Annual administration report of the Civil Veterinary Department, Ajmere-Merwara, British Rajputana - 1914-1940
Year: 1914
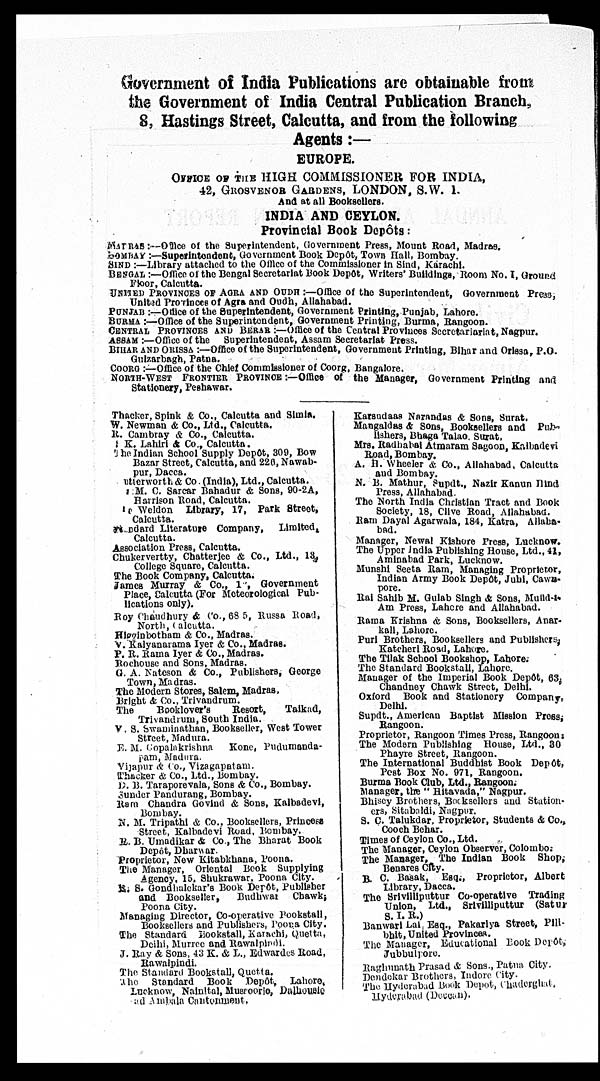
Government of India Publications are obtainable from
the Government of India Central Publication Branch,
8, Hastings Street, Calcutta, and from the following
Agents:—
EUROPE.
OFFICE OF THE HIGH COMMISSIONER FOR INDIA,
42,
GROSVENOR
GARDENS, LONDON, S.W.
1.
And at all Booksellers.
INDIA AND CEYLON.
Provincial Book Depôts :
MADRAS :—Office of the Superintendent, Government Press, Mount Road, Madras.
BOMBAY :—Superintendent, Government Book Depôt, Town Hall, Bombay.
SIND :—Library attached to the Office of the Commissioner in Sind, Karachi.
BENGAL :—Office of the Bengal Secretariat Book Depôt, Writers Buildings, Room No. I, Ground
Floor, Calcutta.
UNITED PROVINCES OF AGRA AND OUDH :—Office of the Superintendent, Government Press
United Provinces of Agra and Oudh, Allahabad.
PUNJAB :—Office of the Superintendent, Government Printing, Punjab, Lahore.
BURMA :—Office of the Superintendent, Government Printing, Burma, Rangoon.
CENTRAL PROVINCES AND BERAR :—Office of the Central Provinces Secretariariat, Nagpur.
ASSAM :—Office of the Superintendent, Assam Secretariat Press.
BIHAR AND ORISSA :—Office of the Superintendent, Government Printing, Bihar and Orissa, P.O.
Gulzarbagh, Patna.
COORG :—Office of the Chief Commissioner of Coorg, Bangalore.
NORTH-WEST FRONTIER PROVINCE :—Office of the Manager, Government Printing and
Stationery, Peshawar.
Thacker, Spink & Co., Calcutta and Simla.
W. Newman & Co., Ltd., Calcutta.
R. Cambray & Co., Calcutta.
S. K. Lahiri & Co., Calcutta.
The Indian School Supply Depôt, 309, Bow
Bazar Street, Calcutta, and 226, Nawab¬
pur, Dacca,
utterworth & Co. (India), Ltd., Calcutta.
M. C. Sarcar Bahadur & Sons, 90-2A,
Harrison Road, Calcutta.
Weldon Library, 17, Park Street,
Calcutta.
Standard Literature Company,
Limited,
Calcutta.
Association Press, Calcutta.
Chukervertty, Chatterjee & Co., Ltd., 13,
College Square, Calcutta.
The Book Company, Calcutta.
James Murray & Co., 13, Government
Place, Calcutta (For Meteorological Pub-
lications only).
Roy Chaudhury & Co., 68 5, Russa Road,
North, Calcutta.
Higginbotham & Co., Madras.
v. Kalyanarama Iyer & Co., Madras.
P. R. Rama Iyer & Co., Madras.
Rochouse and Sons, Madras.
G. A. Nateson & Co., Publishers, George
Town, Madras.
The Modern Stores, Salem, Madras.
Bright & Co., Trivandrum.
The
Booklover's
Resort,
Taikad,
Trivandrum, South India.
V. S. Swaminathan, Bookseller, West Tower
Street, Madura.
F. M. Gopalakrishna Kone, Pudumanda¬
pam, Madura.
vijapur & Co., Vizagapatam.
Thacker & Co., Ltd., Bombay.
D. B. Taraporevala, Sons & Co., Bombay.
Sunder Pandurang, Bombay.
Ram Chandra Govind & Sons, Kalbadevi,
Bombay.
N. M. Tripathi & Co., Booksellers, Princess
Street, Kalbadevi Road, Bombay.
R. B. Umadikar & Co., The Bharat Book
Depôt, Dharwar.
Proprietor, New Kitabkhana, Poona.
The Manager, Oriental Book Supplying
Agency, 15, Shukrawar, Poona City.
R. S. Gondhalekar's Book Depôt, Publisher
and Bookseller,
Budhwar
Chawk;
Poona City.
Managing Director, Co-operative Bookstall,
Booksellers and Publishers, Poona City.
The Standard Bookstall, Karachi, Quetta,
Delhi Murree and Rawalpindi.
J. Ray & Sons, 43 K. & L., Edwardes Road,
Rawalpindi.
The Standard Bookstall, Quctta.
The Standard Book Depôt, Lahore,
Lucknow, Nainital, Mussoorie, Dalhousie
ad Ambala Cantonment.
Karsudaas Narandas & Sons, Surat.
Mangaldas & Sons, Booksellers and Pub-
lishers, Bhaga Talao. Surat,
Mrs. Radhabai Atmaram Sagoon, Kalbadevi
Road, Bombay.
A. H. Wheeler & Co., Allahabad, Calcutta
and Bombay.
N. B. Mathur, Supdt., Nazir Kanun Hind
Press, Allahabad.
The North India Christian Tract and Book
Society, 18, Clive Road, Allahabad.
Ram Dayal Agarwala, 184, Katra, Allaha-
bad.
Manager, Newal Kishore Press, Lucknow.
The Upper India Publishing House, Ltd., 41,
Aminabad Park, Lucknow.
Munshi Seeta Ram, Managing Proprietor,
Indian Army Book Depôt, Juhi, Cawa¬
pore.
Rai Sahib M. Gulab Singh & Sons, Mufid-i
Am Press, Lahore and Allahabad.
Rama Krishna & Sons, Booksellers, Anar¬
kali, Lahore.
Puri Brothers, Booksellers and Publishers,
Katcheri Road, Lahore.
The Tilak School Bookshop, Lahore,
The Standard Bookstall, Lahore.
Manager of the Imperial Book Depôt, 63,
Chandney Chawk Street, Delhi.
Oxford Book and Stationery
Company
Delhi.
Supdt., American Baptist Mission Press,
Rangoon.
Proprietor, Rangoon Times Press, Rangoon.
The Modern Publishing House, Ltd., 30
Phayre Street, Rangoon.
The International Buddhist Book Depôt,
Post Box No. 971, Rangoon.
Burma Book Club, Ltd., Rangoon.
Manager, the "Hitavada," Nagpur.
Bhisey Brothers, Booksellers and Station-
ers, Sitabaldi, Nagpur.
S. C. Talukdar. Proprietor, Students & Co.,
Cooch Behar.
Times of Ceylon Co., Ltd.
The Manager, Ceylon Observer, Colombo.
The Manager, The Indian Book Shop,
Benares City.
B. C. Basak, Esq., Proprietor, Albert
Library, Dacca.
The Srivilliputtur Co-operative Trading
Union, Ltd., Srivilliputtur (Satur
S. I. R.)
Banwari Lal Esq., Pakarlya Street, Pill¬
bhit, United Provinces.
The Manager, Educational Book Depôt,
Jubbulpore.
Raghunath Prasad & Sons., Patna City.
Dendekar Brothers, Indore City.
The Hyderabad Book Depot, Chaderghat,
Hyderabad (Deccan).